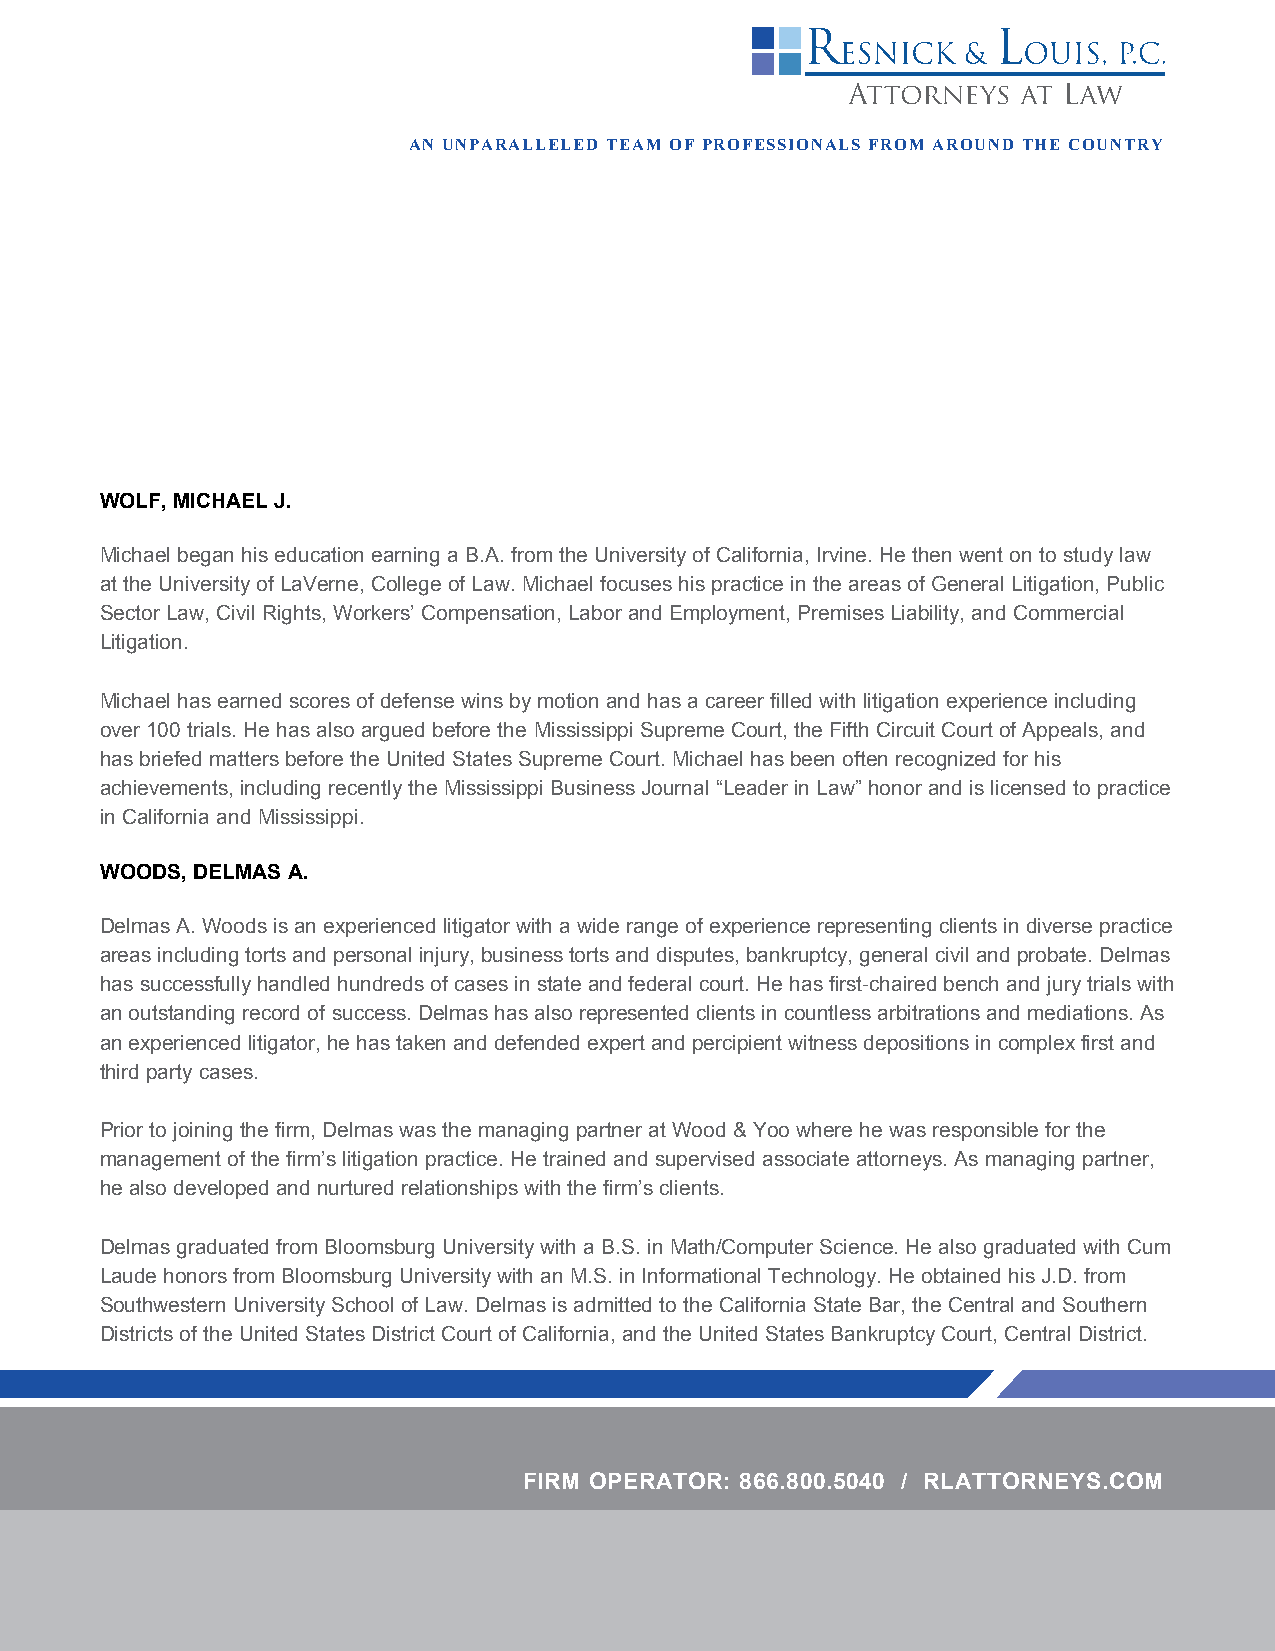
AN UNPARALLELED TEAM OF PROFESSIONALS FROM AROUND THE COUNTRY
 WOLF, MICHAEL J.
 Michael began his education earning a B.A. from the University of California, Irvine. He then went on to study law
 at the University of LaVerne, College of Law. Michael focuses his practice in the areas of General Litigation, Public
 Sector Law, Civil Rights, Workers’ Compensation, Labor and Employment, Premises Liability, and Commercial
 Litigation.
 Michael has earned scores of defense wins by motion and has a career filled with litigation experience including
 over 100 trials. He has also argued before the Mississippi Supreme Court, the Fifth Circuit Court of Appeals, and
 has briefed matters before the United States Supreme Court. Michael has been often recognized for his
 achievements, including recently the Mississippi Business Journal “Leader in Law” honor and is licensed to practice
 in California and Mississippi.
 WOODS, DELMAS A.
 Delmas A. Woods is an experienced litigator with a wide range of experience representing clients in diverse practice
 areas including torts and personal injury, business torts and disputes, bankruptcy, general civil and probate. Delmas
 has successfully handled hundreds of cases in state and federal court. He has first-chaired bench and jury trials with
 an outstanding record of success. Delmas has also represented clients in countless arbitrations and mediations. As
 an experienced litigator, he has taken and defended expert and percipient witness depositions in complex first and
 third party cases.
 Prior to joining the firm, Delmas was the managing partner at Wood & Yoo where he was responsible for the
 management of the firm’s litigation practice. He trained and supervised associate attorneys. As managing partner,
 he also developed and nurtured relationships with the firm’s clients.
 Delmas graduated from Bloomsburg University with a B.S. in Math/Computer Science. He also graduated with Cum
 Laude honors from Bloomsburg University with an M.S. in Informational Technology. He obtained his J.D. from
 Southwestern University School of Law. Delmas is admitted to the California State Bar, the Central and Southern
 Districts of the United States District Court of California, and the United States Bankruptcy Court, Central District.
 FIRM OPERATOR: 866.800.5040 / RLATTORNEYS.COM